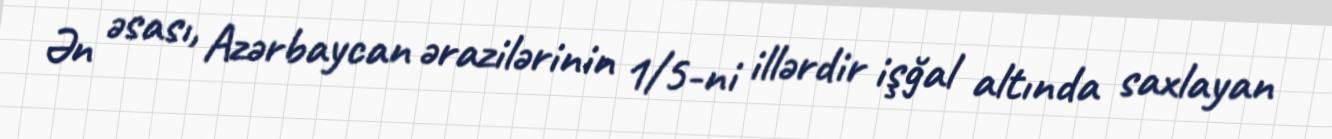
Ən əsası, Azərbaycan ərazilərinin 1/5-ni illərdir işğal altında saxlayan